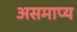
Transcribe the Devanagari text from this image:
असमाप्य